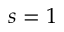
s = 1